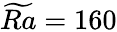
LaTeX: \widetilde{Ra}=160